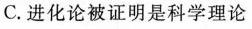
C.进化论被证明是科学理论